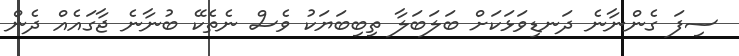
ސިފަ ގެންނާނެ ދަނޑިވަޅަކަށް ބަލަބަލާ ތިބިބަޔަކު ވެސް ނެތެކޭ ބުނާނެ ޖާގައެއް ދެން